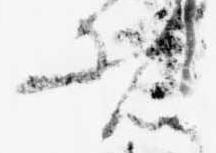
者